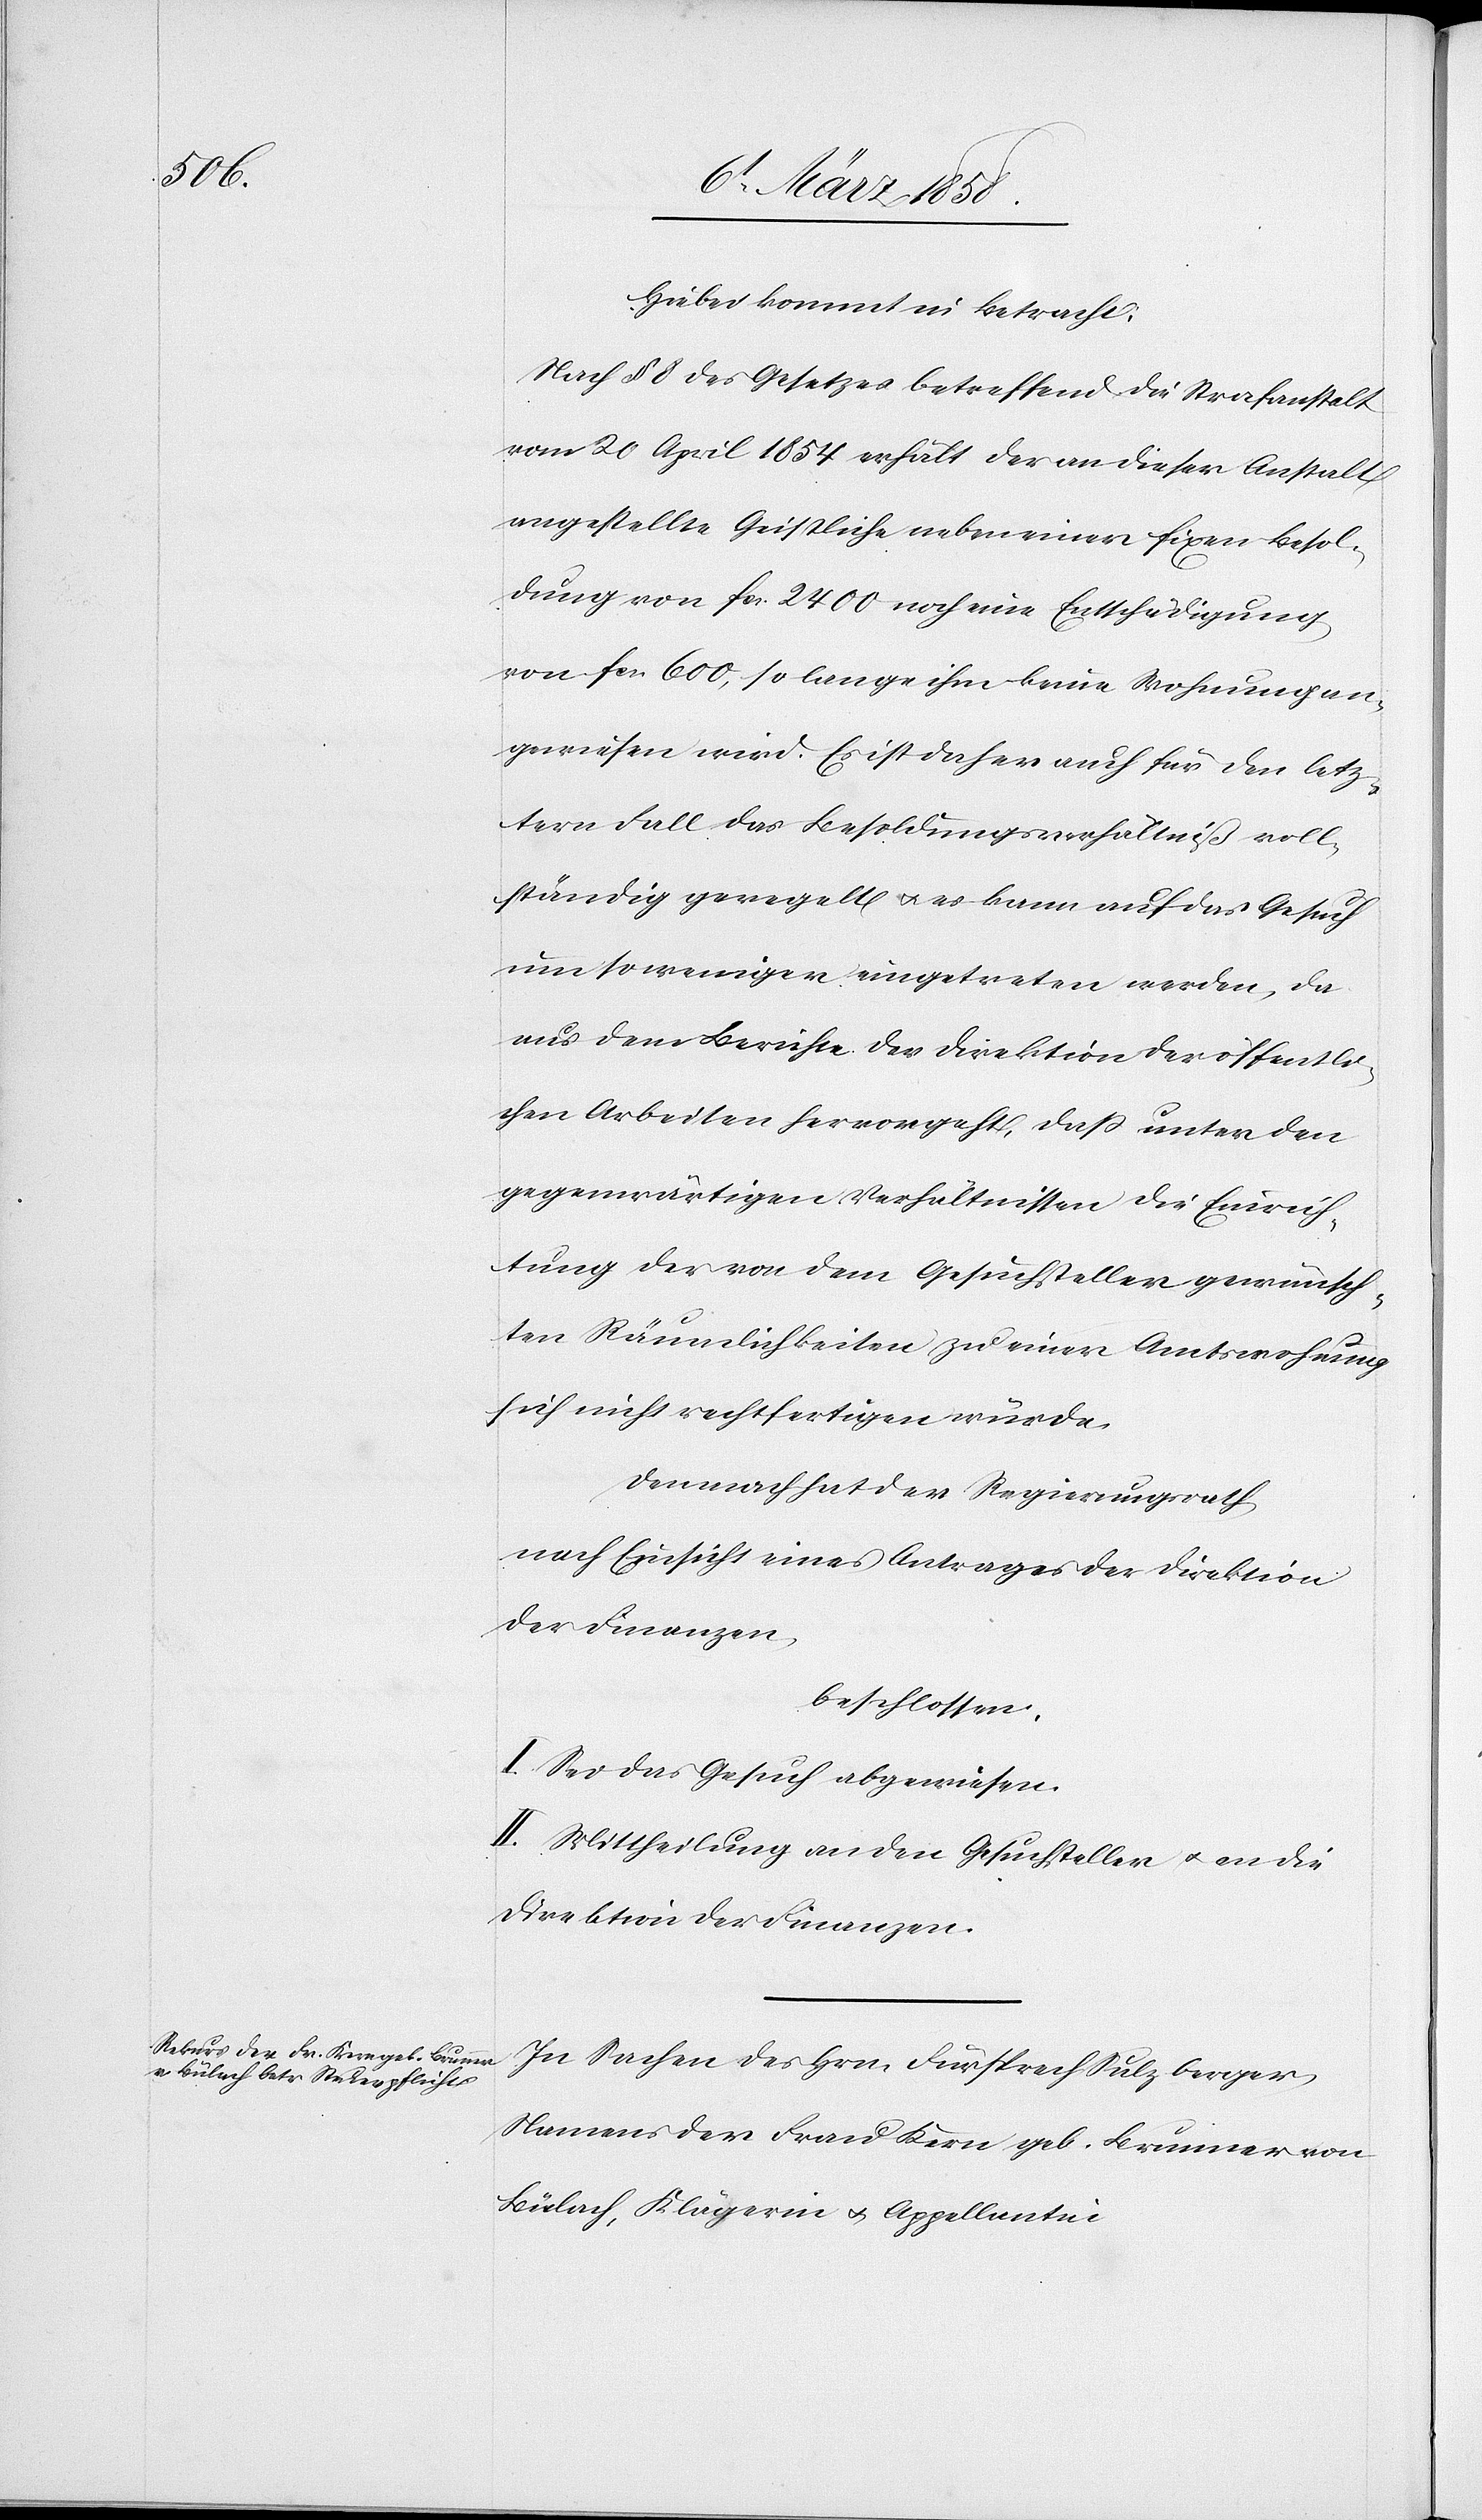
Hiebei kommt in Betracht:
Nach § 8 des Gesetzes betreffend die Strafanstalt
vom 20. April 1854 erhält der an dieser Anstalt
angestellte Geistliche neben einer fixen Besol¬
dung von fcs. 2400 noch eine Entschädigung
von fcs. 600, so lange ihm keine Wohnung an¬
gewiesen wird. Es ist daher auch für den letz¬
tern Fall das Besoldungsverhältniß voll¬
ständig geregelt u. es kann auf das Gesuch
um so weniger eingetreten werden, da
aus dem Berichte der Direktion der öffentli¬
chen Arbeiten hervorgeht, daß unter den
gegenwärtigen Verhältnissen die Einrich¬
tung der von dem Gesuchsteller gewünsch¬
ten Räumlichkeiten zu einer Amtswohnung
sich nicht rechtfertigen würde.
Demnach hat der Regierungsrath,
nach Einsicht eines Antrages der Direktion
der Finanzen,
beschlossen:
I. Sei das Gesuch abgewiesen.
II. Mittheilung an den Gesuchsteller u. an die
Direktion der Finanzen.
In Sachen des Hrn. Fürsprech Sulzberger,
Namens der Frau Kern geb. Brunner von
Bülach, Klägerin u. Appellantin